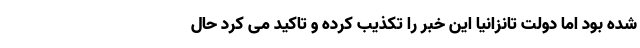
شده بود اما دولت تانزانیا این خبر را تکذیب کرده و تاکید می کرد حال